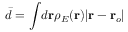
\bar { d } = \int \! d \mathbf { r } \rho _ { E } ( \mathbf { r } ) \vert \mathbf { r } - \mathbf { r } _ { o } \vert